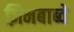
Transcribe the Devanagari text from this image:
ज़िमबाब्वे